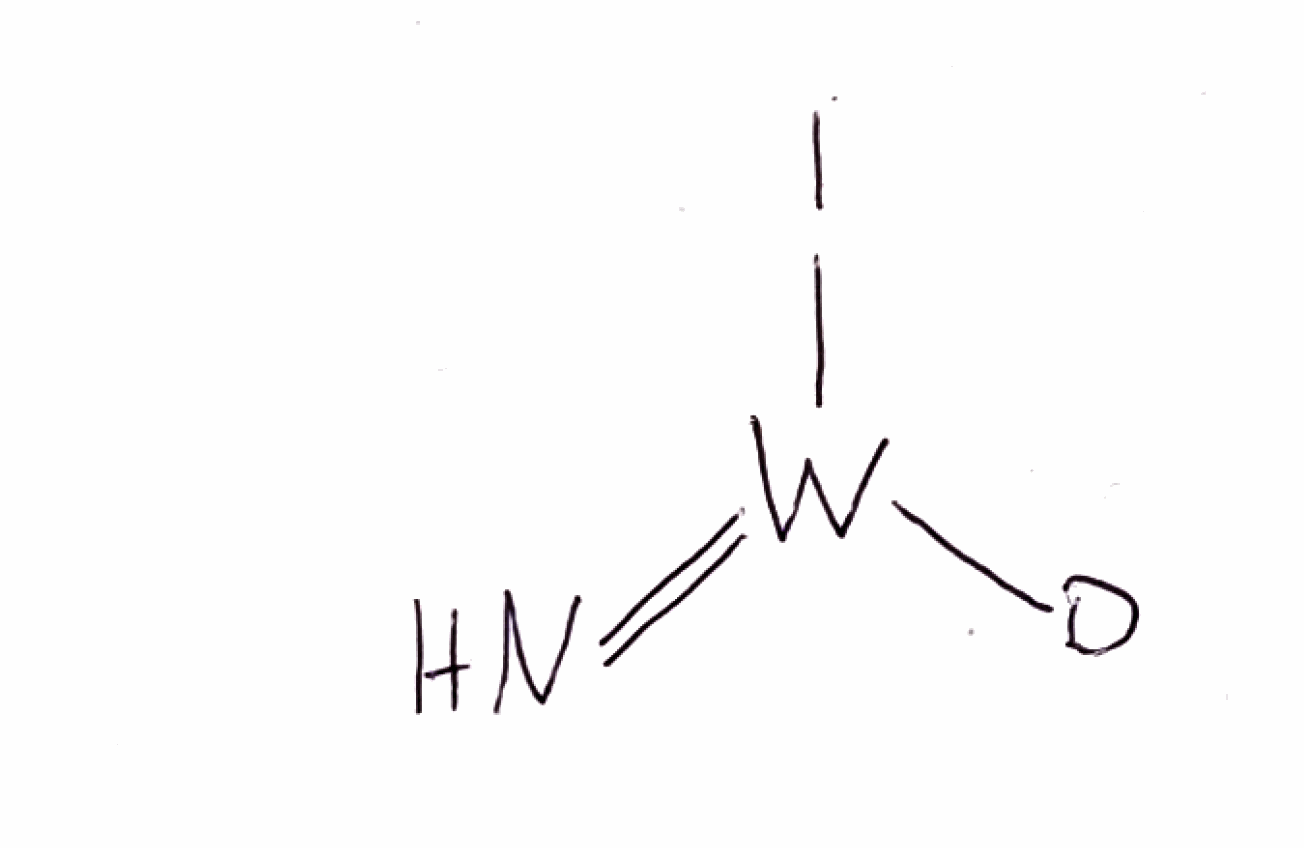
Simplified molecular-input line-entry system (SMILES) notation of the given molecule:
[2H][W](=N)I